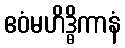
ဧဝံမဟိဒ္ဓိကာနံ